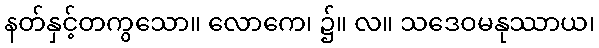
နတ်နှင့်တကွသော။ လောကေ၊ ၌။ လ။ သဒေဝမနုဿာယ၊